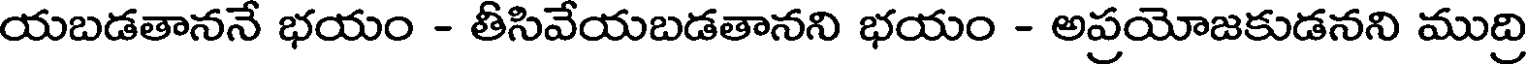
యబడతాననే భయం - తీసివేయబడతానని భయం - అప్రయోజకుడనని ముద్రి